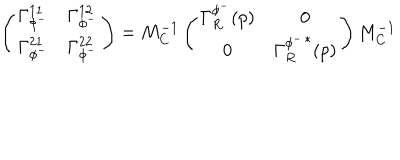
LaTeX: \left( \begin{matrix} { { \Gamma _ { \phi ^ { - } } ^ { 1 1 } } } & { { \Gamma _ { \phi ^ { - } } ^ { 1 2 } } } \\ { { \Gamma _ { \phi ^ { - } } ^ { 2 1 } } } & { { \Gamma _ { \phi ^ { - } } ^ { 2 2 } } } \\ \end{matrix} \right) = M _ { C } ^ { - 1 } \left( \begin{matrix} { { \Gamma _ { R } ^ { \phi ^ { - } } ( p ) } } & { { 0 } } \\ { { 0 } } & { { { \Gamma _ { R } ^ { \phi ^ { - } } } ^ { * } ( p ) } } \\ \end{matrix} \right) M _ { C } ^ { - 1 }